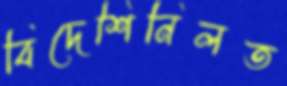
বিদেশিনিলত